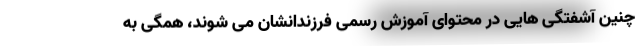
چنین آشفتگی هایی در محتوای آموزش رسمی فرزندانشان می شوند، همگی به